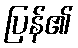
ပြန်၏